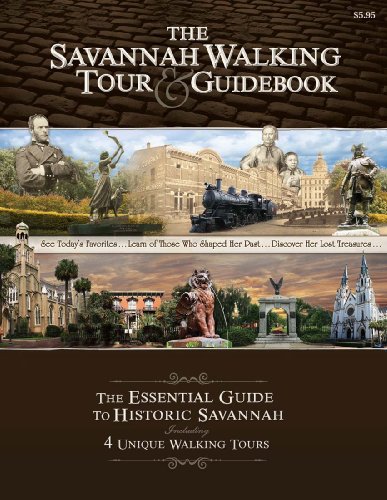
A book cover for The Savannah Walking Tour & Guidebook; Paul Bland; Travel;